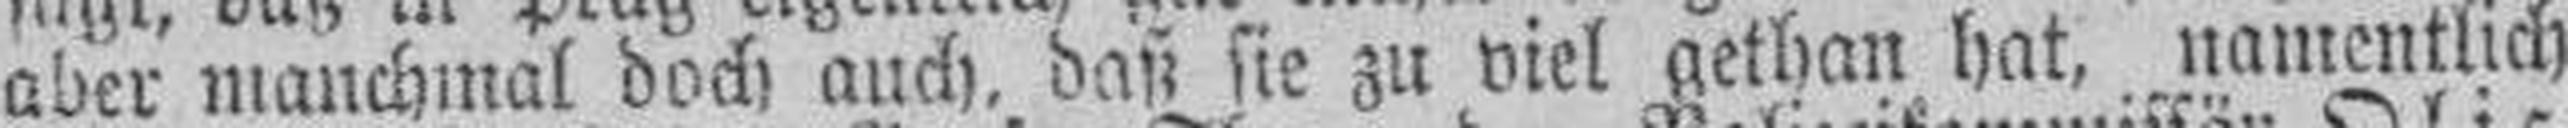
aber manchmal doch auch, daß sie zu viel gethan hat, namentlich